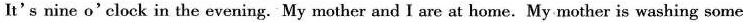
It's nine o'elock in the evening. My mother and I are at home. My mother is washing some